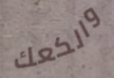
والكعك